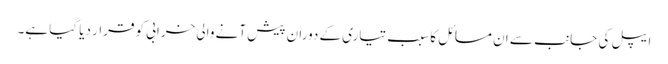
ایپل کی جانب سے ان مسائل کا سبب تیاری کے دوران پیش آنے والی خرابی کو قرار دیا گیا ہے۔